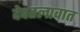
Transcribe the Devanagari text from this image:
देवतलावात